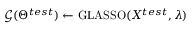
\mathcal { G } ( \Theta ^ { t e s t } ) \gets \mathrm { G L A S S O } ( X ^ { t e s t } , \lambda )